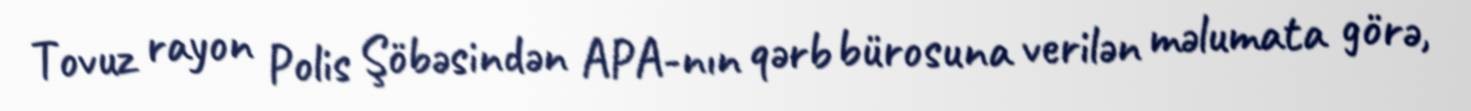
Tovuz rayon Polis Şöbəsindən APA-nın qərb bürosuna verilən məlumata görə,